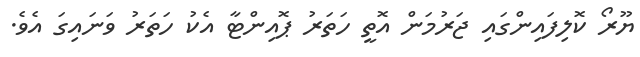
ޔޫރޯ ކޮލިފައިންގައި ޖަރުމަން އޮތީ ހަތަރު ޕޮއިންޓާ އެކު ހަތަރު ވަނައިގަ އެވެ.